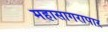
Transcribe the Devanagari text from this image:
महासागरापार